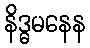
နိဒ္ဓမနေန